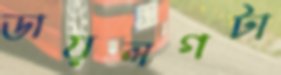
ডায়লগটা